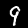
Digit: 9